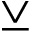
\veebar